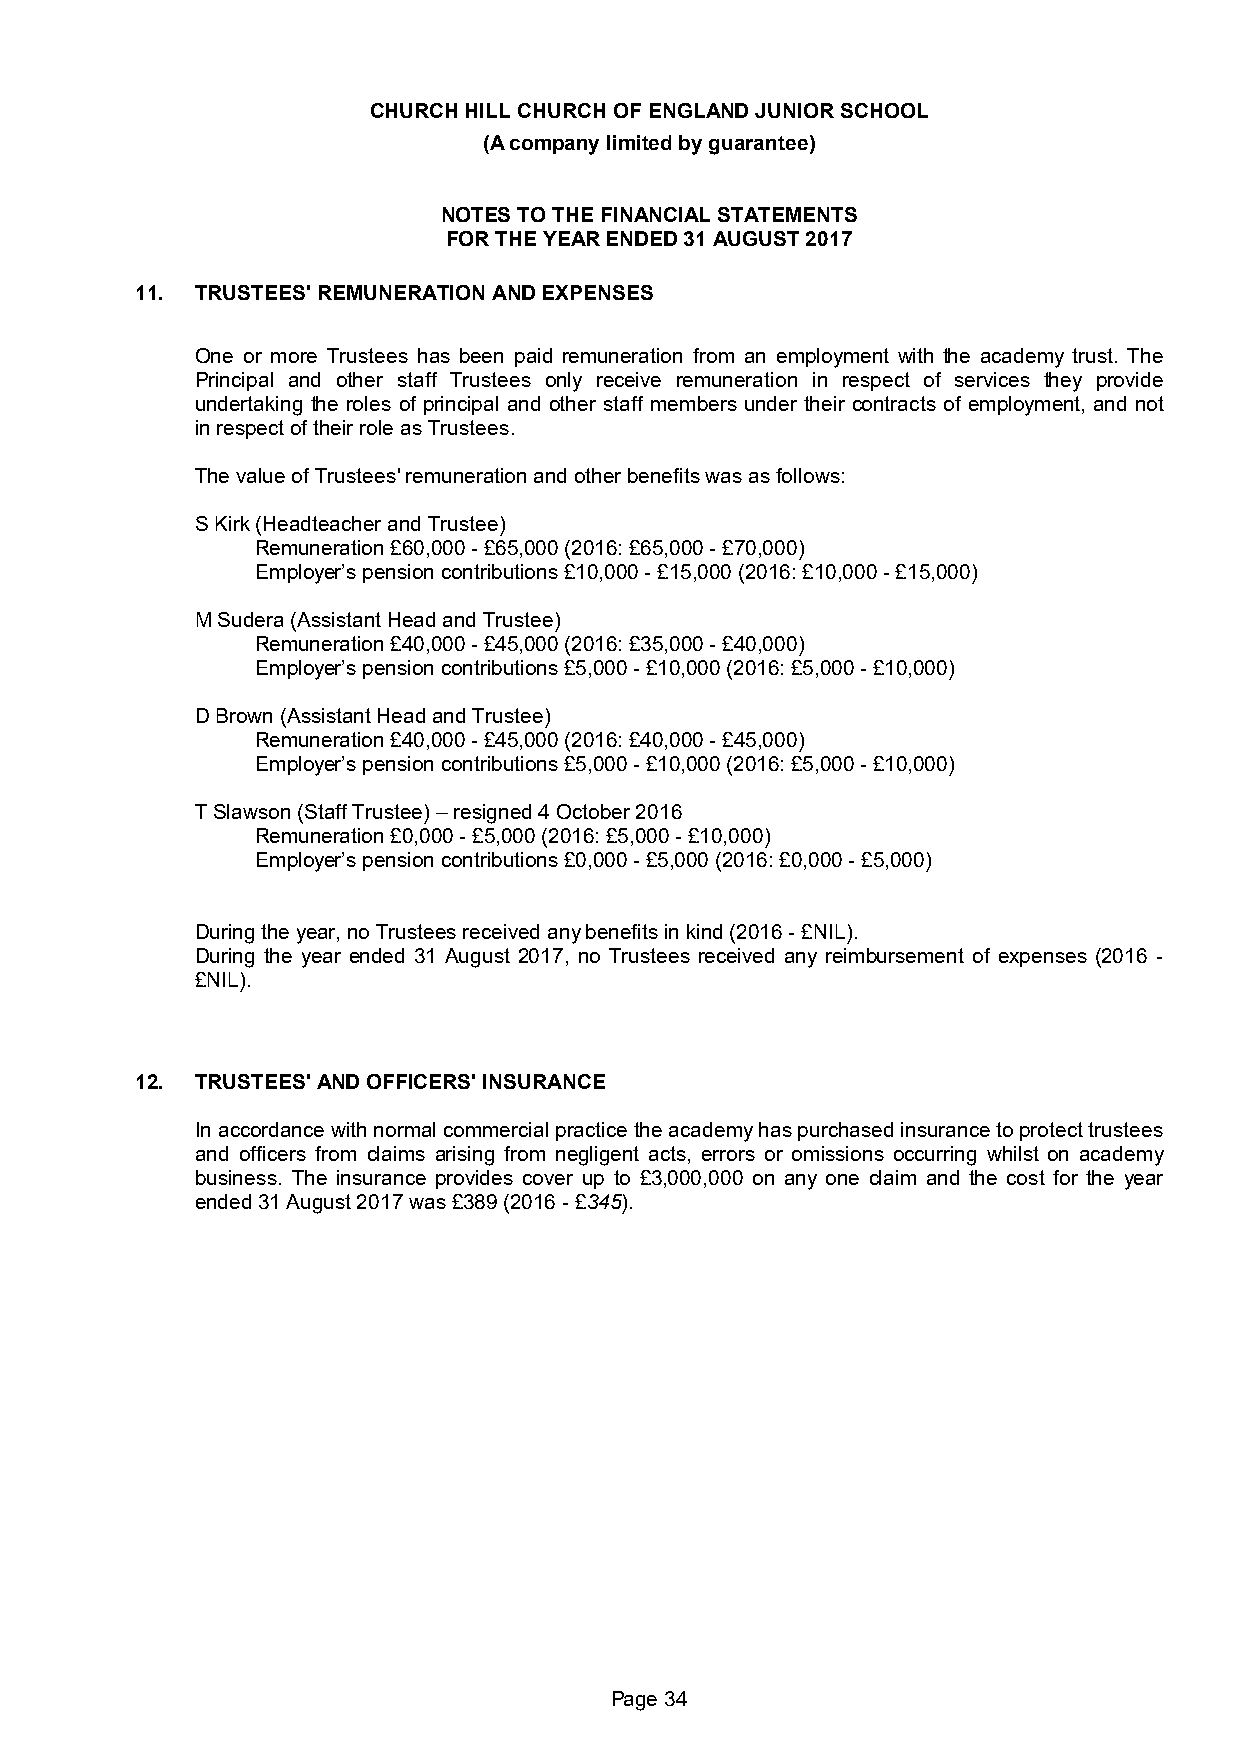
CHURCH HILL CHURCH OF ENGLAND JUNIOR SCHOOL
 (A company limited by guarantee)
 NOTES TO THE FINANCIAL STATEMENTS
 FOR THE YEAR ENDED 31 AUGUST 2017
 11. TRUSTEES' REMUNERATION AND EXPENSES
 One or more Trustees has been paid remuneration from an employment with the academy trust. The
 Principal and other staff Trustees only receive remuneration in respect of services they provide
 undertaking the roles of principal and other staff members under their contracts of employment, and not
 in respect of their role as Trustees.
 The value of Trustees' remuneration and other benefits was as follows:
 S Kirk (Headteacher and Trustee)
 Remuneration £60,000 - £65,000 (2016: £65,000 - £70,000)
 Employer’s pension contributions £10,000 - £15,000 (2016: £10,000 - £15,000)
 M Sudera (Assistant Head and Trustee)
 Remuneration £40,000 - £45,000 (2016: £35,000 - £40,000)
 Employer’s pension contributions £5,000 - £10,000 (2016: £5,000 - £10,000)
 D Brown (Assistant Head and Trustee)
 Remuneration £40,000 - £45,000 (2016: £40,000 - £45,000)
 Employer’s pension contributions £5,000 - £10,000 (2016: £5,000 - £10,000)
 T Slawson (Staff Trustee) – resigned 4 October 2016
 Remuneration £0,000 - £5,000 (2016: £5,000 - £10,000)
 Employer’s pension contributions £0,000 - £5,000 (2016: £0,000 - £5,000)
 During the year, no Trustees received any benefits in kind (2016 - £NIL).
 During the year ended 31 August 2017, no Trustees received any reimbursement of expenses (2016 -
 £NIL).
 12. TRUSTEES' AND OFFICERS' INSURANCE
 In accordance with normal commercial practice the academy has purchased insurance to protect trustees
 and officers from claims arising from negligent acts, errors or omissions occurring whilst on academy
 business. The insurance provides cover up to £3,000,000 on any one claim and the cost for the year
 ended 31 August 2017 was £389 (2016 - £345).
 Page 34